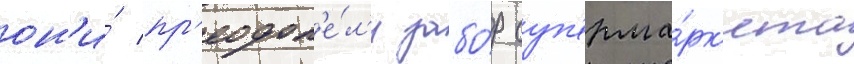
он'и́ пр'еодол'е́л'и забо́р суп'ерма́рк'ета